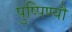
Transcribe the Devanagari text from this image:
पुष्पिण्यौ